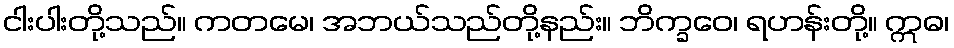
ငါးပါးတို့သည်။ ကတမေ၊ အဘယ်သည်တို့နည်း။ ဘိက္ခဝေ၊ ရဟန်းတို့။ ဣဓ၊